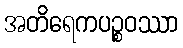
အတိရေကပဉ္စဝဿာ